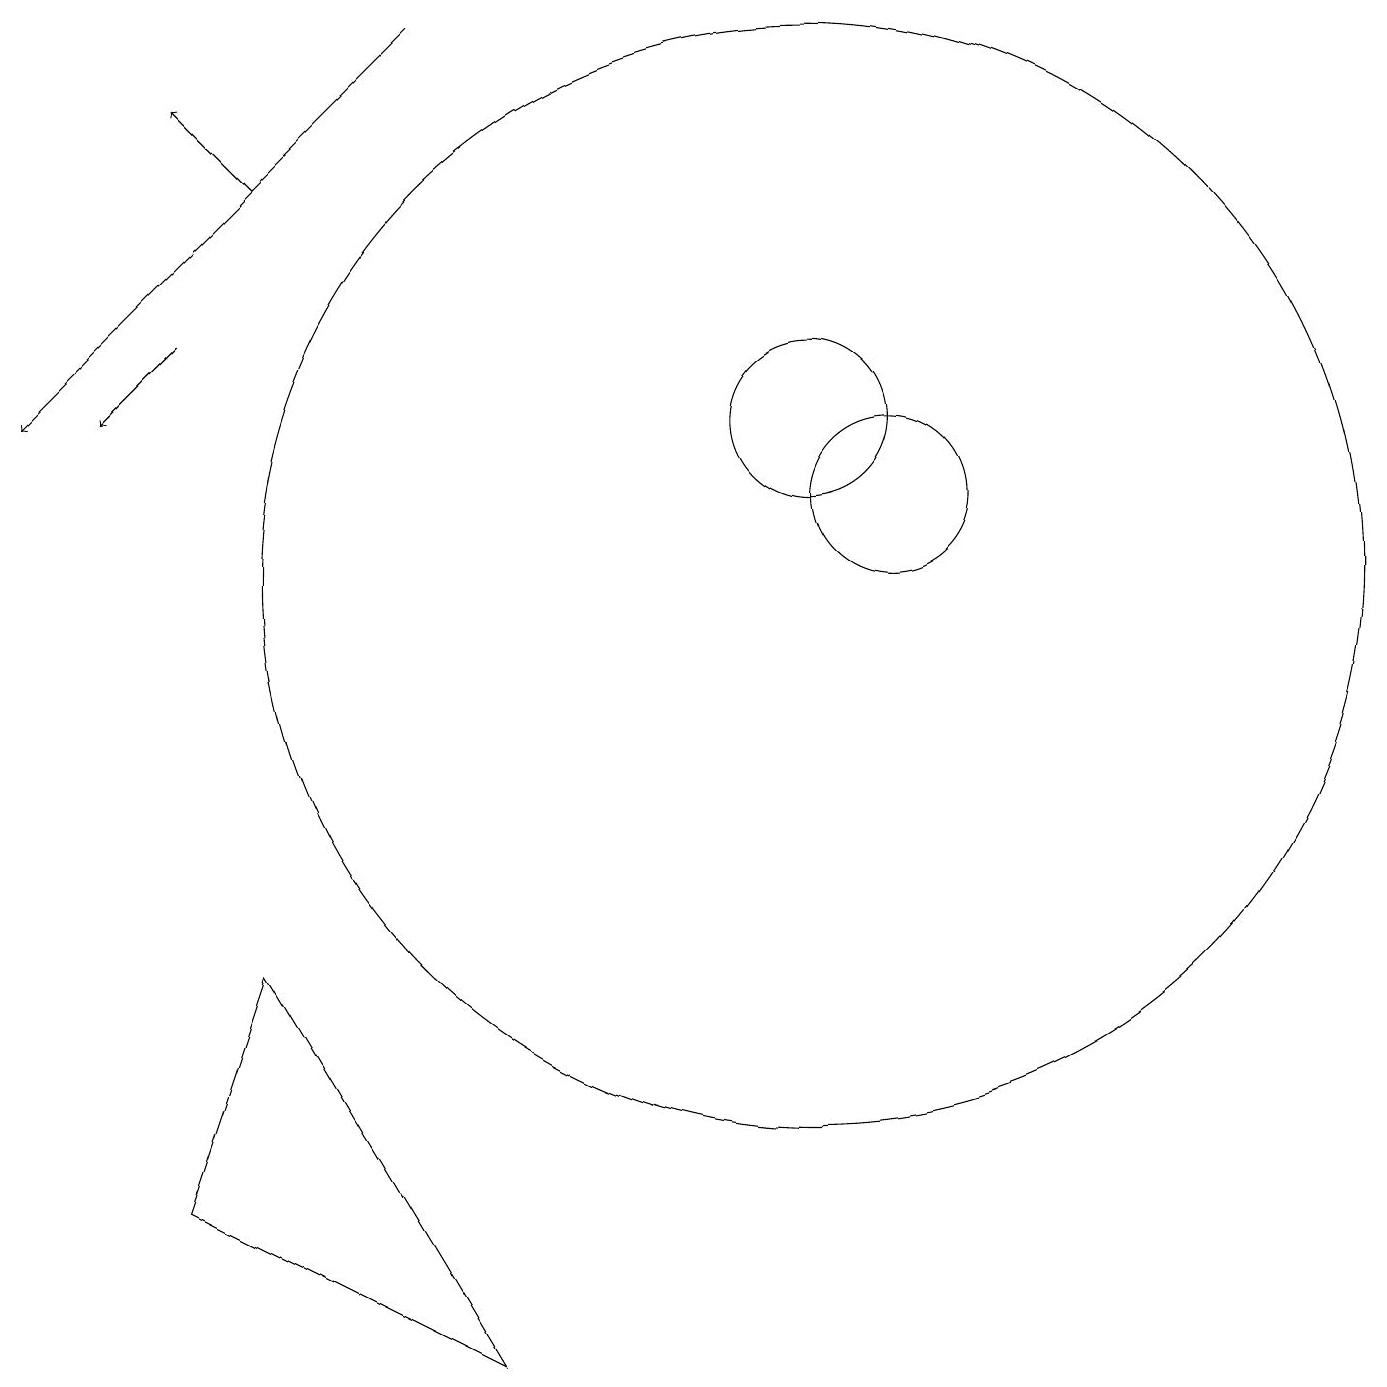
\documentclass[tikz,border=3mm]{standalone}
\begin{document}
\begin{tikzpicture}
\draw (10,10) circle (7);
\draw[->] (5,17) -- (0,12);
\draw (2,2) -- (6,0) -- (3,5) -- cycle;
\draw (11,11) circle (1);
\draw (10,12) circle (1);
\draw[->] (3,15) -- (2,16);
\draw[->] (2,13) -- (1,12);
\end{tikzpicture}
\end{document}